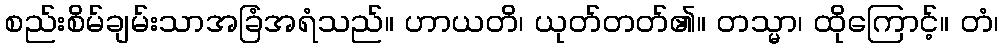
စည်းစိမ်ချမ်းသာအခြံအရံသည်။ ဟာယတိ၊ ယုတ်တတ်၏။ တသ္မာ၊ ထိုကြောင့်။ တံ၊